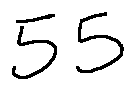
5 5